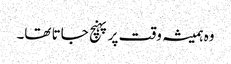
وہ ہمیشہ وقت پر پہنچ جاتا تھا۔